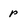
Character: p